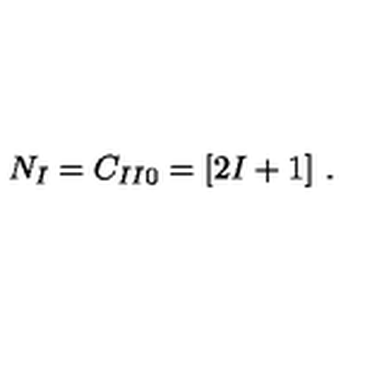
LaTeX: N _ { I } = C _ { I I 0 } = [ 2 I + 1 ] \ .